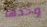
وخذها